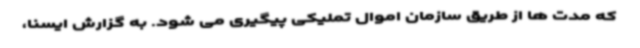
که مدت ها از طریق سازمان اموال تملیکی پیگیری می شود. به گزارش ایسنا،